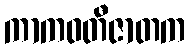
ကာကဝတီဇာတက